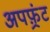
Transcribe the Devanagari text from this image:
अपफ़्रंट